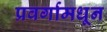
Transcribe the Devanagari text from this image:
प्रवर्गामधून